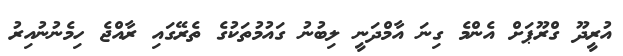
އުރީދޫ ގްރޫޕަށް އެންމެ ގިނަ އާމްދަނީ ލިބުނު ގައުމުތަކުގެ ތެރޭގައި ރާއްޖެ ހިމެނުނުއިރު